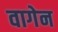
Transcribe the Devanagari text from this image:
वागेन